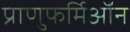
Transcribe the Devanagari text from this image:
प्राणुफर्मिऑन